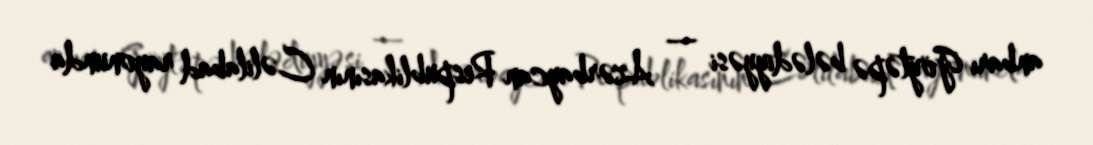
anbarı Göytəpə bələdiyyəsi — Azərbaycan Respublikasının Cəlilabad rayonunda